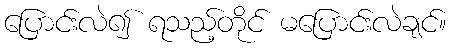
ပြောင်းလဲ၍ ရသည့်တိုင် မပြောင်းလဲချင်။